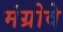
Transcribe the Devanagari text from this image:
मंग्रोवे